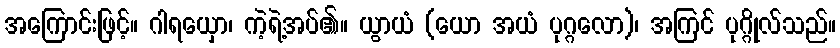
အကြောင်းဖြင့်။ ဂါရယှော၊ ကဲ့ရဲ့အပ်၏။ ယွာယံ (ယော အယံ ပုဂ္ဂလော)၊ အကြင် ပုဂ္ဂိုလ်သည်။